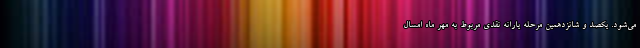
می‌شود. یکصد و شانزدهمین مرحله یارانه نقدی مربوط به مهر ماه امسال